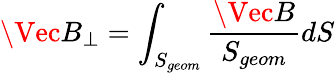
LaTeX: \Vec{B}_{\perp}=\int_{S_{geom}}\frac{\Vec{B}}{S_{geom}}dS